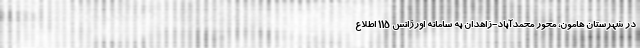
در شهرستان هامون، محور محمدآباد-زاهدان به سامانه اورژانس ۱۱۵ اطلاع